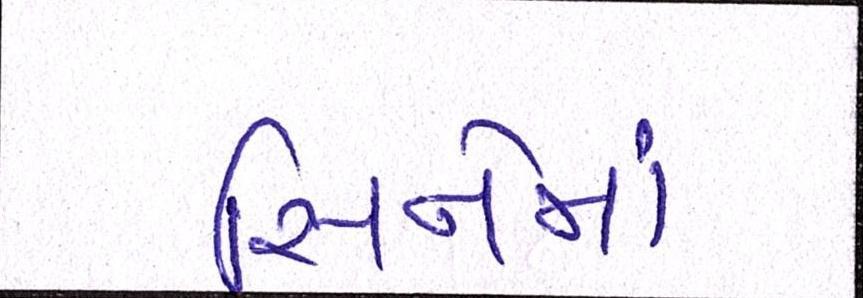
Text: સિનેમા